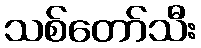
သစ်တော်သီး